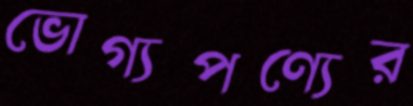
ভোগ্যপণ্যের